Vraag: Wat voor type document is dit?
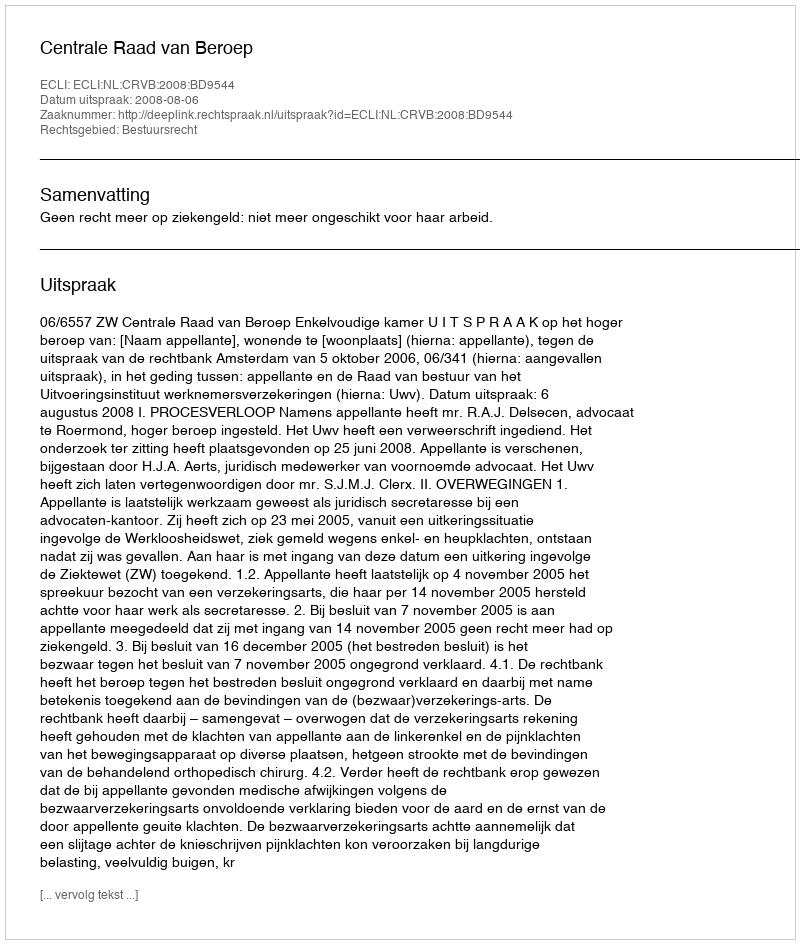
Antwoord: Uitspraak